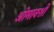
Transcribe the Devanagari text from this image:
ओमानशी